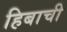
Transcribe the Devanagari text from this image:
हिबाची